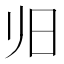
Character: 𰕲